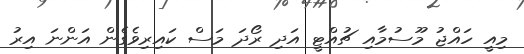
މިއީ ހައްޖު މޫސުމާއި ޗުއްޓީ އަދި ރޯދަ މަސް ކައިރިވެގެން އަންނަ އިރު